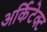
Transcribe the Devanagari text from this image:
अर्किटेक्ट